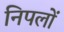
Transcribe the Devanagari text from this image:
निपलों